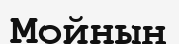
Мойнын